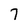
Character: 7